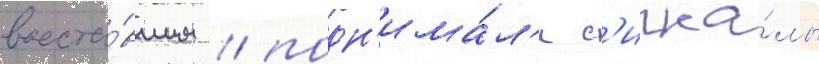
восста́вшим / подн'има́л'и с'игна́лы